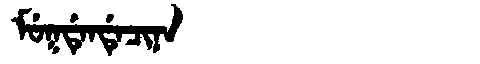
Manchu: ᠮᡠᡴᡩᡝᠨᡩᡝᠴᡳᠨᠠ
Romanization: MUKDENDECINA